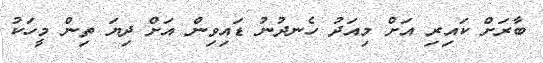
ބާރަށް ކައިރި އަށް މިއަދު ހެނދުނު ޑައިވިން އަށް ދިޔަ ތިން މީހަކު